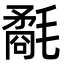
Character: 氄